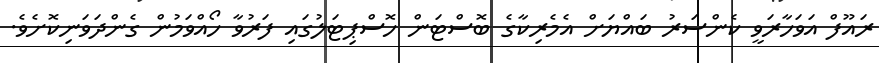
ރައޫފް އަވަހާރަވީ ކެންސަރު ބައްޔަށް އެމެރިކާގެ ބޮސްޓަން ހޮސްޕިޓަލުގައި ފަރުވާ ހޯއްވަމުން ގެންދަވަނިކޮށެވެ.